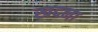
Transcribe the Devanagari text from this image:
खदना